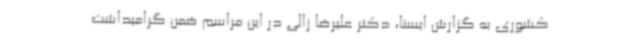
کشوری به گزارش ایسنا، دکتر علیرضا زالی در این مراسم ضمن گرامیداشت